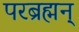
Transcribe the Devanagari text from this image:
परब्रह्मन्